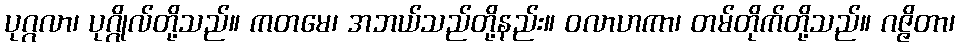
ပုဂ္ဂလာ၊ ပုဂ္ဂိုလ်တို့သည်။ ကတမေ၊ အဘယ်သည်တို့နည်း။ ဝလာဟကာ၊ တမ်တိုက်တို့သည်။ ဂဇ္ဇိတာ၊